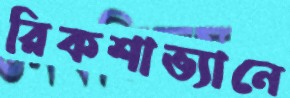
রিকশাভ্যানে